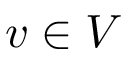
v \in V